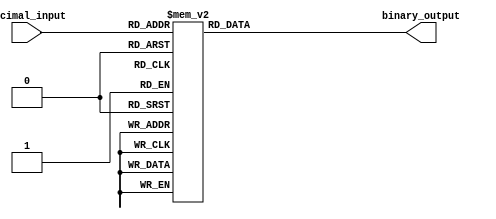
module DecimalToBinaryEncoder (
    input [3:0] decimal_input, // 4-bit input representing decimal digit (0-9)
    output reg [3:0] binary_output // 4-bit output representing binary equivalent
);

always @(*) begin
    case (decimal_input)
        4'b0000: binary_output = 4'b0000; // 0
        4'b0001: binary_output = 4'b0001; // 1
        4'b0010: binary_output = 4'b0010; // 2
        4'b0011: binary_output = 4'b0011; // 3
        4'b0100: binary_output = 4'b0100; // 4
        4'b0101: binary_output = 4'b0101; // 5
        4'b0110: binary_output = 4'b0110; // 6
        4'b0111: binary_output = 4'b0111; // 7
        4'b1000: binary_output = 4'b1000; // 8
        4'b1001: binary_output = 4'b1001; // 9
        default: binary_output = 4'b0000; // Invalid input (10-15)
    endcase
end

endmodule